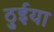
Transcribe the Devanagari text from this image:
ठुईया